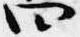
四